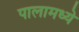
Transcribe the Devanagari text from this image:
पालामध्ये